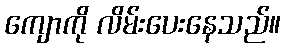
ကျောကို လိမ်းပေးနေသည်။